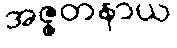
အဇ္ဇတနာယ